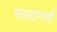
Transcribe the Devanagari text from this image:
नसतांनाहीं